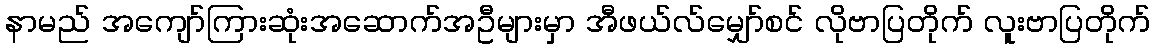
နာမည် အကျော်ကြားဆုံးအဆောက်အဦများမှာ အီဖယ်လ်မျှော်စင် လိုဗာပြတိုက် လူးဗာပြတိုက်